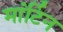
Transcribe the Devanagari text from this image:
मांर्टिन